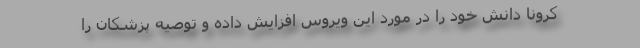
کرونا دانش خود را در مورد این ویروس افزایش داده و توصیه پزشکان را